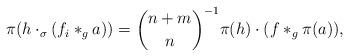
LaTeX: \begin{align*}\pi(h \cdot_\sigma (f_i \ast_g a)) = \binom{n+m}{n}^{-1} \pi(h) \cdot (f \ast_g \pi(a)),\end{align*}